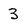
Character: 3